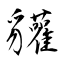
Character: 貛